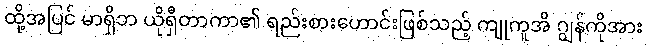
ထို့အပြင် မာရှိဘ ယိုရှီတာကာ၏ ရည်းစားဟောင်းဖြစ်သည့် ကျုကူအိ ဂျွန်ကိုအား